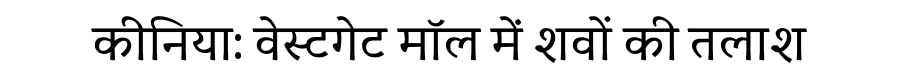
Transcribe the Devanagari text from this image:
कीनिया: वेस्टगेट मॉल में शवों की तलाश